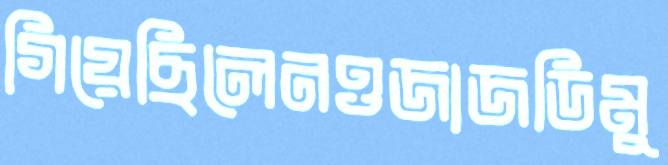
গিয়েছিলেনওজাজডিমু